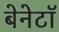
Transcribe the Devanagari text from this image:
बेनेटॉ